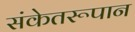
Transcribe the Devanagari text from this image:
संकेतरूपान